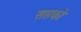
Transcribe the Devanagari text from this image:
सप्तको